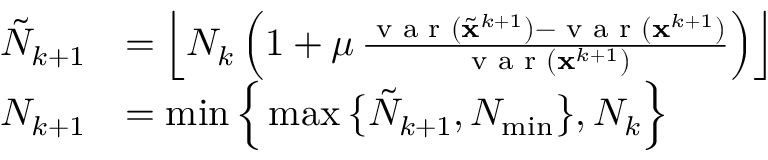
\begin{array} { r l } { \tilde { N } _ { k + 1 } } & { = \left\lfloor N _ { k } \left( 1 + \mu \, \frac { \textup { v a r } ( \tilde { \mathbf { x } } ^ { k + 1 } ) - \textup { v a r } ( \mathbf { x } ^ { k + 1 } ) } { \textup { v a r } ( \mathbf { x } ^ { k + 1 } ) } \right) \right\rfloor } \\ { N _ { k + 1 } } & { = \operatorname* { m i n } \Big \{ \operatorname* { m a x } \big \{ \tilde { N } _ { k + 1 } , N _ { \operatorname* { m i n } } \big \} , N _ { k } \Big \} } \end{array}